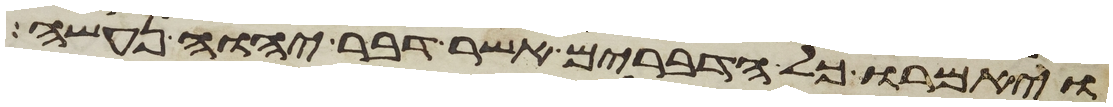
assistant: ויאמרו כל הדברים אשר דבר יהוה נעשה